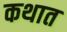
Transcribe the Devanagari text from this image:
कथात